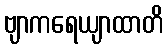
ဗျာကရေယျာထာတိ